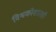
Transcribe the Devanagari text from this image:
विश्वकोशातही